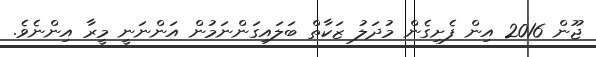
ޖޫން 2016 އިން ފެށިގެން މުދަލު ޒަކާތް ބަލައިގަންނަމުން އަންނަނީ މީރާ އިންނެވެ.